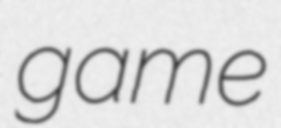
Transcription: game